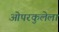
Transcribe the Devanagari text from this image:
ओपरकुलेला